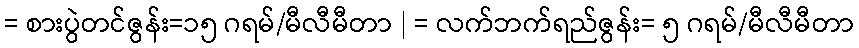
= စားပွဲတင်ဇွန်း=၁၅ ဂရမ်/မီလီမီတာ | = လက်ဘက်ရည်ဇွန်း= ၅ ဂရမ်/မီလီမီတာ